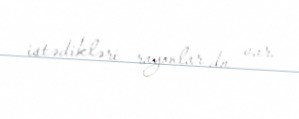
istədikləri rayonlar da var.